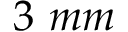
3 ~ m m